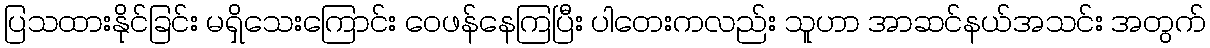
ပြသထားနိုင်ခြင်း မရှိသေးကြောင်း ဝေဖန်နေကြပြီး ပါတေးကလည်း သူဟာ အာဆင်နယ်အသင်း အတွက်